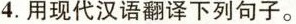
4.用现代汉语翻译下列句子。